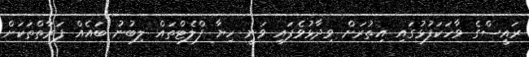
ރައީސްގެ ވާހަކަފުޅުގައި އިތުރަށް ވިދާޅުވެފައި ވަނީ ހިޔާ ފްލެޓްތައް ލިބުނު ބައެއް ފަރާތްތަކަށް